Insane asylums Bombay 1873-77 - 1873-1877
Year: 1873
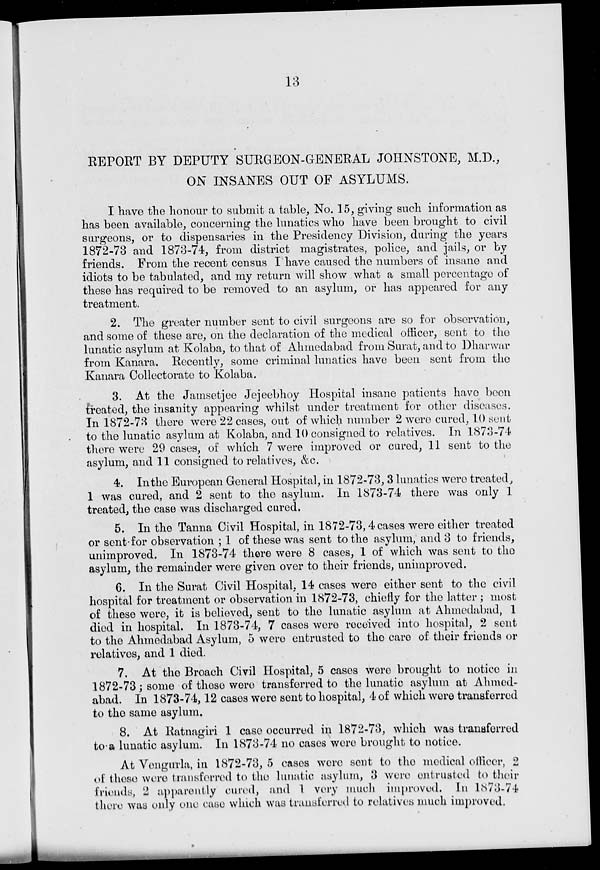
13
REPORT BY DEPUTY SURGEON-GENERAL JOHNSTONE , M.D.,
ON INSANES OUT OF ASYLUMS.
I have the honour to submit a table , No. 15, giving such information as
has been available, concerning the lunatics who have been brought to civil
surgeons, or to dispensaries in the Presidency Division, during the years
1872-73 and 1873-74, from district magistrates, police, and jails, or by
friends. From the recent census I have caused the numbers of insane and
idiots to be tabulated, and my return will show what a small percentage of
these has required to be removed to an asylum, or has appeared for any
treatment.
2. The greater number sent to civil surgeons are so for observation,
and some of these are, on the declaration of the medical officer, sent to the
lunatic asylum at Kolaba, to that of Ahmedabad from Surat, and to Dharwar
from Kanara. Recently, some criminal lunatics have been sent from the
Kanara Collectorate to Kolaba.
3. At the Jamsetjee Jejeebhoy Hospital insane patients have been
treated, the insanity appearing whilst under treatment for other diseases.
In 1872-73 there were 22 cases, out of which number 2 were cured, 10 sent
to the lunatic asylum at Kolaba, and 10 consigned to relatives. In 1873-74
there were 29 cases, of which 7 were improved or cured, 11 sent to the
asylum, and 11 consigned to relatives, &c.
4. In the European General Hospital, in 1872-73, 3 lunatics were treated,
1 was cured, and 2 sent to the asylum. In 1873-74 there was only 1
treated, the case was discharged cured.
5. In the Tanna Civil Hospital, in 1872-73,4 cases were either treated
or sent for observation ; 1 of these was sent to the asylum, and 3 to friends,
unimproved. In 1873-74 there were 8 cases, 1 of which was sent to the
asylum, the remainder were given over to their friends, unimproved.
6. In the Surat Civil Hospital, 14 cases were either sent to the civil
hospital for treatment or observation in 1872-73, chiefly for the latter ; most
of these were, it is believed, sent to the lunatic asylum at Ahmedabad, 1
died in hospital. In 1873-74, 7 cases were received into hospital, 2 sent
to the Ahmedabad Asylum, 5 were entrusted to the care of their friends or
relatives, and 1 died.
7. At the Broach Civil Hospital, 5 cases were brought to notice in
1872-73 ; some of these were transferred to the lunatic asylum at Ahmed-
abad. In 1873-74,12 cases were sent to hospital, 4 of which were transferred
to the same asylum.
8. At Ratnagiri 1 case occurred in 1872-73, which was transferred
to a lunatic asylum. In 1873-74 no cases were brought to notice.
At Vengurla, in 1872-73, 5 cases were sent to the medical officer, 2
of these were transferred to the lunatic asylum, 3 were entrusted to their
friends, 2 apparently cured, and 1 very much improved. In 1873-74
there was only one case which was transferred to relatives much improved.